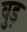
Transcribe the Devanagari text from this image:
वुड़